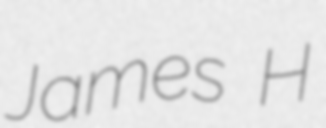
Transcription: James H